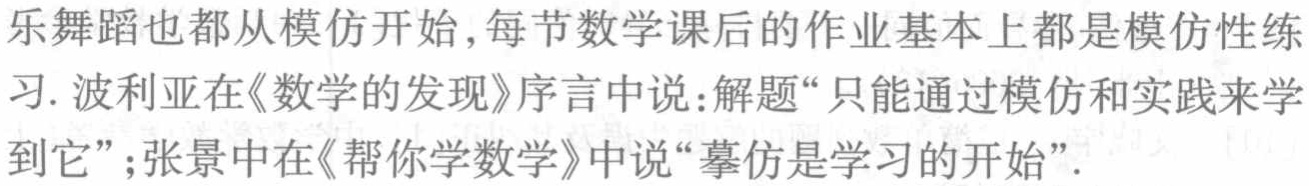
乐舞蹈也都从模仿开始,每节数学课后的作业基本上都是模仿性练习. 波利亚在《数学的发现》序言中说：解题“只能通过模仿和实践来学到它”；张景中在《帮你学数学》中说“摹仿是学习的开始”.